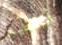
أستطيع